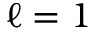
\ell = 1